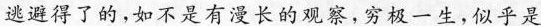
逃避得了的，如不是有漫长的观察，穷极一生，似乎是